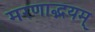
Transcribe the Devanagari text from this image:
मरणाद्भयम्